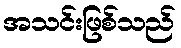
အသင်းဖြစ်သည်